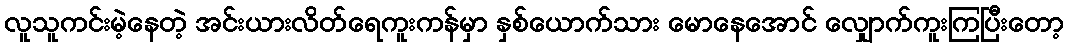
လူသူကင်းမဲ့နေတဲ့ အင်းယားလိတ်ရေကူးကန်မှာ နှစ်ယောက်သား မောနေအောင် လျှောက်ကူးကြပြီးတော့